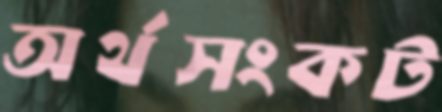
অর্থসংকট